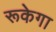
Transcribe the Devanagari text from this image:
रूकेगा